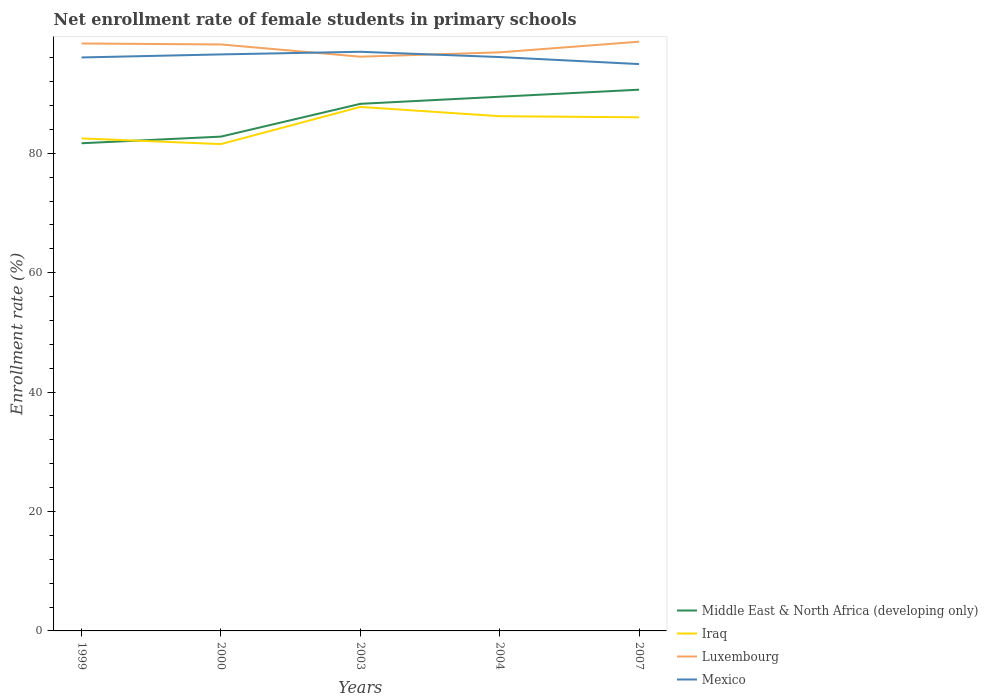
| Years | Middle East & North Africa (developing only) | Iraq | Luxembourg | Mexico |
 | --- | --- | --- | --- | --- |
 | 1999 | 81.7 | 82.5 | 98.4 | 96 |
 | 2000 | 82.8 | 81.5 | 98.2 | 96.6 |
 | 2003 | 88.3 | 87.8 | 96.2 | 97 |
 | 2004 | 89.5 | 86.2 | 96.9 | 96.1 |
 | 2007 | 90.6 | 86 | 98.7 | 94.9 |